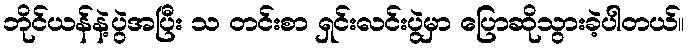
ဘိုင်ယန်နဲ့ပွဲအပြီး သ တင်းစာ ရှင်းလင်းပွဲမှာ ပြောဆိုသွားခဲ့ပါတယ်။